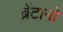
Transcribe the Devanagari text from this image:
ब्रेंटानो